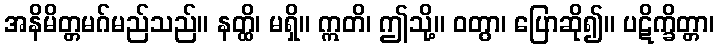
အနိမိတ္တမဂ်မည်သည်။ နတ္ထိ၊ မရှိ။ ဣတိ၊ ဤသို့။ ဝတွာ၊ ပြောဆို၍။ ပဋိက္ခိတ္တာ၊